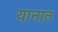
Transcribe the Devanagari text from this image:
यानात